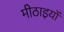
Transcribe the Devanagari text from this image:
मीठाइयों